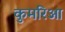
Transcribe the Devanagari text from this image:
कुमरिआ